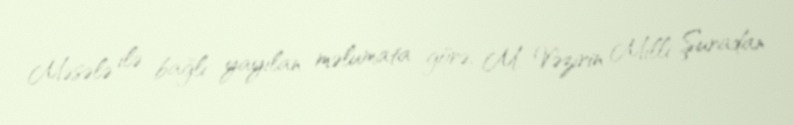
Məsələ ilə bağlı yayılan məlumata görə, M. Vəzirin Milli Şuradan